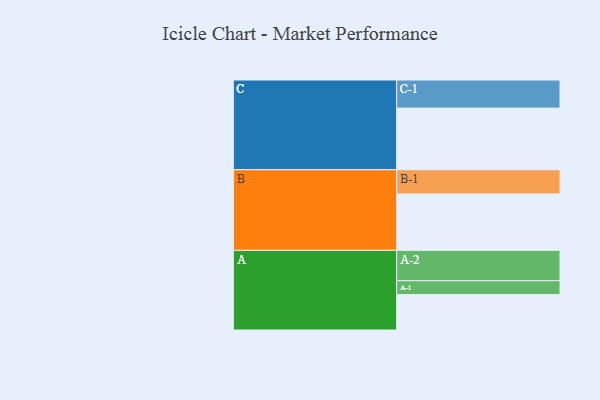
{"axis": {"x": "Segment", "y": "Value"}, "legend": ["", "A", "B", "C"], "data": [{"x": "A", "y": 327, "type": ""}, {"x": "B", "y": 520, "type": ""}, {"x": "C", "y": 568, "type": ""}, {"x": "A-1", "y": 127, "type": "A"}, {"x": "A-2", "y": 280, "type": "A"}, {"x": "B-1", "y": 223, "type": "B"}, {"x": "C-1", "y": 259, "type": "C"}]}